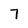
Character: 7